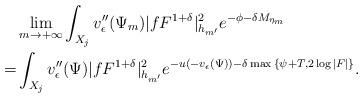
LaTeX: \begin{align*}&\lim_{m\to+\infty}\int_{X_j}v''_{\epsilon}(\Psi_m)|fF^{1+\delta}|^2_{h_{m'}} e^{-\phi-\delta M_{\eta_m}}\\=&\int_{X_j}v''_{\epsilon}(\Psi)|fF^{1+\delta}|^2_{h_{m'}} e^{-u(-v_{\epsilon}(\Psi))-\delta \max{\{\psi+T,2\log|F|\}}}.\end{align*}